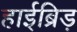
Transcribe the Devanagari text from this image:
हाईब्रिड़